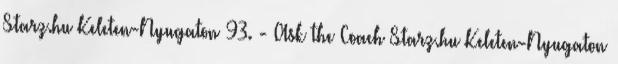
Starz.hu Keleten-Nyugaton 93. - Ask the Coach Starz.hu Keleten-Nyugaton